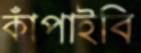
কাঁপাইবি